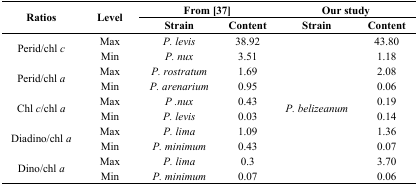
<table><thead><tr><td rowspan="2"><b>Ratios</b></td><td rowspan="2"><b>Level</b></td><td colspan="2"><b>From [37]</b></td><td colspan="2"><b>Our study</b></td></tr><tr><td><b>Strain</b></td><td><b>Content</b></td><td><b>Strain</b></td><td><b>Content</b></td></tr></thead><tbody><tr><td rowspan="2">Perid/chl<i>c</i></td><td>Max</td><td><i>P. levis</i></td><td>38.92</td><td rowspan="10"><i>P. belizeanum</i></td><td>43.80</td></tr><tr><td>Min</td><td><i>P. nux</i></td><td>3.51</td><td>1.18</td></tr><tr><td rowspan="2">Perid/chl<i>a</i></td><td>Max</td><td><i>P. rostratum</i></td><td>1.69</td><td>2.08</td></tr><tr><td>Min</td><td><i>P. arenarium</i></td><td>0.95</td><td>0.06</td></tr><tr><td rowspan="2">Chl<i>c</i>/chl <i>a</i></td><td>Max</td><td><i>P .nux</i></td><td>0.43</td><td>0.19</td></tr><tr><td>Min</td><td><i>P. levis</i></td><td>0.03</td><td>0.14</td></tr><tr><td rowspan="2">Diadino/chl<i>a</i></td><td>Max</td><td><i>P. lima</i></td><td>1.09</td><td>1.36</td></tr><tr><td>Min</td><td><i>P. minimum</i></td><td>0.43</td><td>0.07</td></tr><tr><td rowspan="2">Dino/chl<i>a</i></td><td>Max</td><td><i>P. lima</i></td><td>0.3</td><td>3.70</td></tr><tr><td>Min</td><td><i>P. minimum</i></td><td>0.07</td><td>0.06</td></tr></tbody></table>